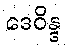
ဒေဝိန္ဒ